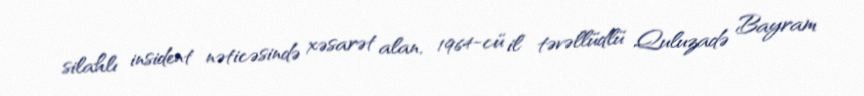
silahlı insident nəticəsində xəsarət alan, 1964-cü il təvəllüdlü Quluzadə Bayram